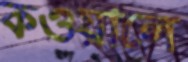
কওয়ালে